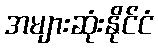
အများဆုံးနိုင်ငံ